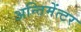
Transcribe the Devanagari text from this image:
अन्तिमेंत्टर